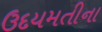
ઉદયમતીના